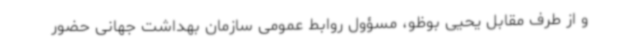
و از طرف مقابل یحیی بوظو، مسؤول روابط عمومی سازمان بهداشت جهانی حضور